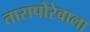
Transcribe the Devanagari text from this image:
तारापोरेवाला